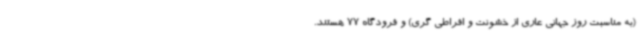
(به مناسبت روز جهانی عاری از خشونت و افراطی گری) و فرودگاه 77 هستند.